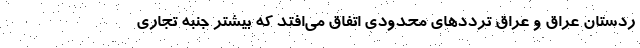
ردستان عراق و عراق ترددهای محدودی اتفاق می‌افتد که بیشتر جنبه تجاری